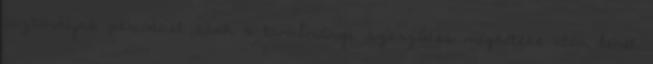
ösztöndíjas periódust csak a tanulmányi szerződés megkötése után lehet